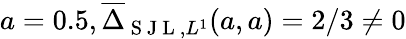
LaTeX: a=0.5,\overline{{\Delta}}_{\mathrm{~S~J~L~},L^{1}}(a,a)=2/3\neq 0